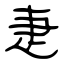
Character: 疌